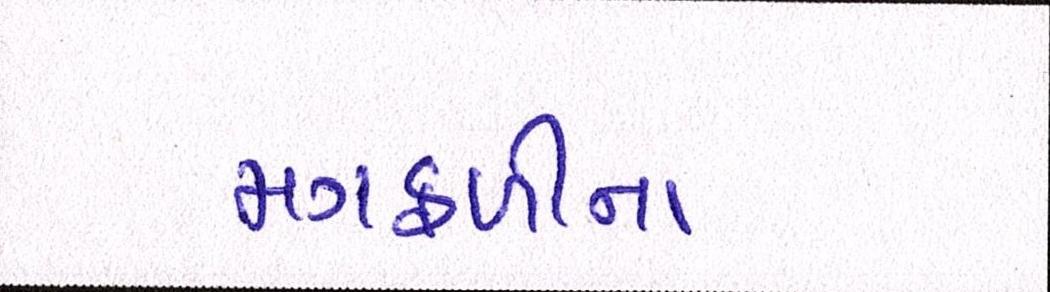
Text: મગફળીના